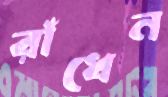
রাঁধেন